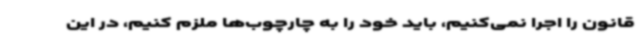
قانون را اجرا نمی‌کنیم، باید خود را به چارچوب‌ها ملزم کنیم، در این